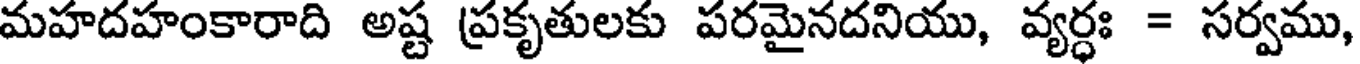
మహదహంకారాది అష్ట ప్రకృతులకు పరమైనదనియు, వ్యర్ధః = సర్వము,